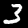
Label: 3